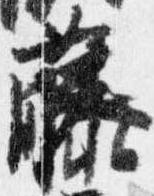
藤